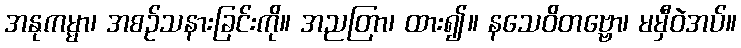
အနုကမ္မာ၊ အစဉ်သနားခြင်းကို။ အညတြာ၊ ထား၍။ နသေဝိတဗ္ဗော၊ မမှီဝဲအပ်။